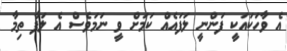
އެ ވާހަކައަކީ ފަންނީ ލަފައެއް ކަމަށް ވީ ނަމަވެސް އެ ލަފާ ތިމާ